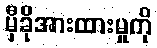
မှီခိုအားထားမှုကို